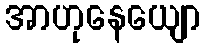
အာဟုနေယျော